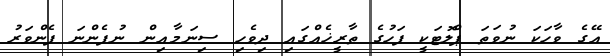
އޭގެ ވާހަކަ ނުވަތަ ޕްލޮޓަކީ ފަހުގެ ތާރީޚެއްގައި ދިވެހި ސިނަމާއިން ނުފެންނަ ފެންވަރު